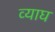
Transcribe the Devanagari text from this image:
व्याघ